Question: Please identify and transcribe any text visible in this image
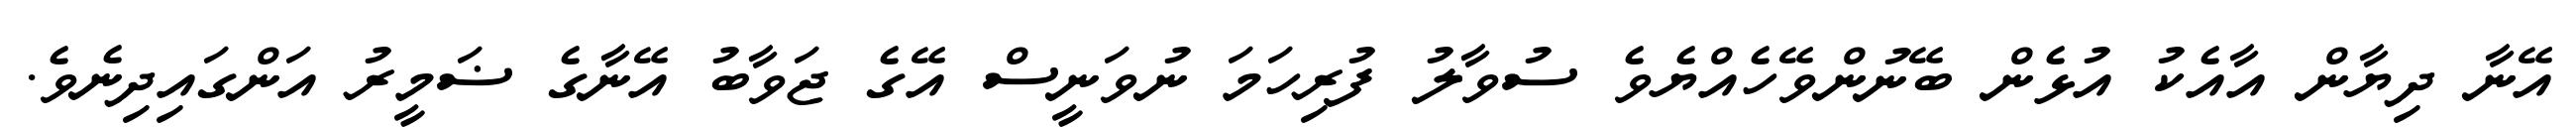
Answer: އޭނާ ދިޔާން އާއެކު އުޅެން ބޭނުންވޭހެއްޔެވެ ސުވާލު ފުރިހަމަ ނުވަނީސް އޭގެ ޖަވާބު އޭނާގެ ޟަމީރު އަންގައިދިނެވެ.